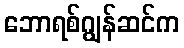
ဘောရစ်ဂျွန်ဆင်က